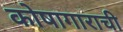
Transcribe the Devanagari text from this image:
कोषागाराची